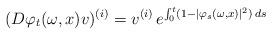
LaTeX: \begin{align*}(D \varphi_t (\omega,x)v)^{(i)} = v^{(i)} \, e^{ \int_0^t (1 - |\varphi_s(\omega,x)|^2) \, ds}\end{align*}